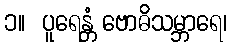
၁။  ပူရေန္တံ ဗောဓိသမ္ဘာရေ၊